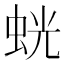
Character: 𫊶